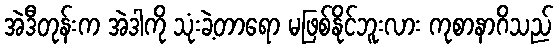
အဲဒီတုန်းက အဲဒါကို သုံးခဲ့တာရော မဖြစ်နိုင်ဘူးလား ကုစာနာဂိသည်